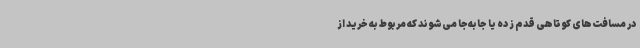
در مسافت‌های کوتاهی قدم زده یا جابه‌جا می‌شوند که مربوط به خرید از